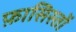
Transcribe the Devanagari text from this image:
फ़ासिस्तों